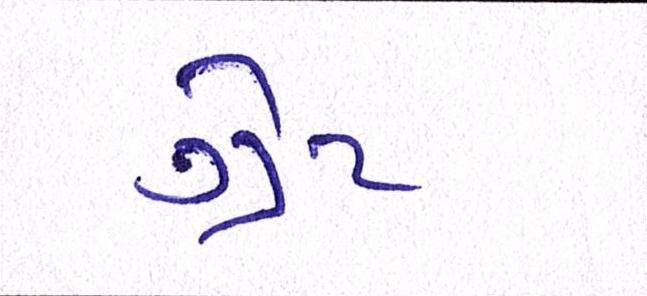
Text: ગ્રેટ